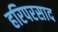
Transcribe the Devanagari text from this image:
हरिपरसाद